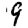
Digit: 9